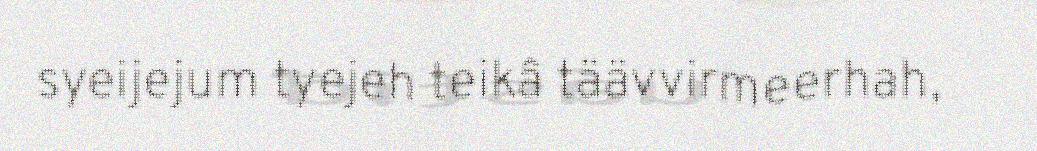
syeijejum tyejeh teikâ täävvirmeerhah,